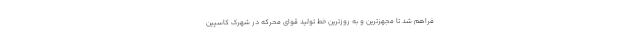
فراهم شد تا مجهزترین و به روزترین خط تولید قوای محرکه در شهرک کاسپین